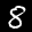
Digit: 8